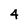
Character: 4